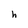
Character: h